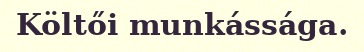
Költői munkássága.